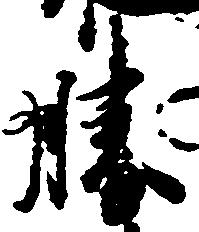
勝